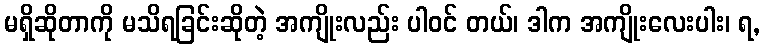
မရှိဆိုတာကို မသိရခြင်းဆိုတဲ့ အကျိုးလည်း ပါဝင် တယ်၊ ဒါက အကျိုးလေးပါး၊ ရ,